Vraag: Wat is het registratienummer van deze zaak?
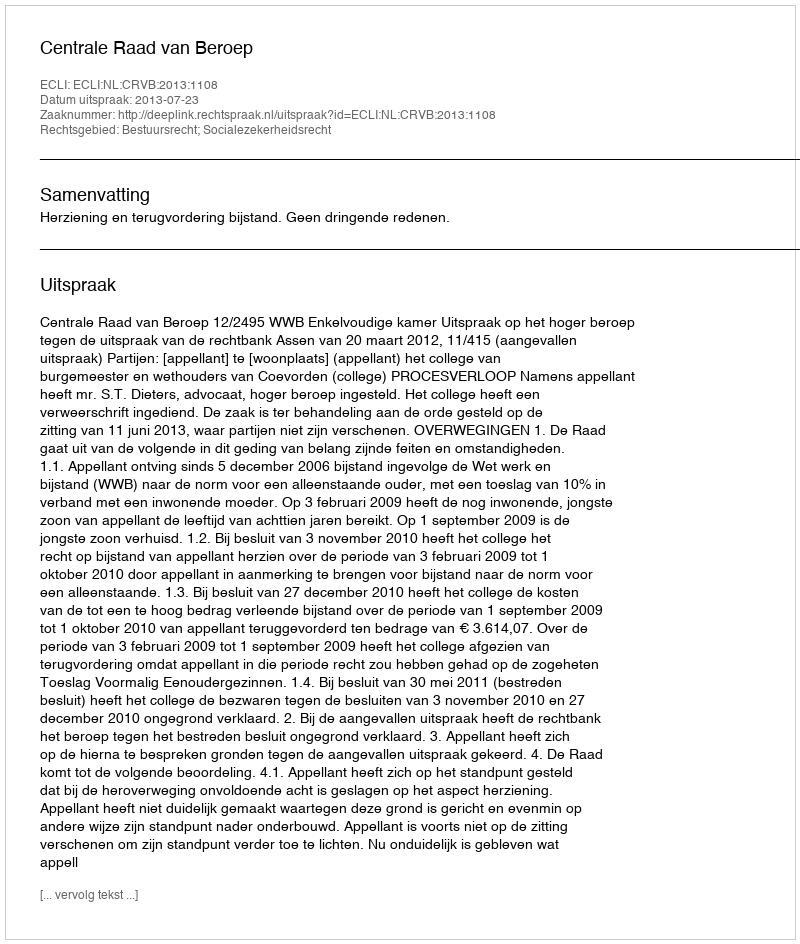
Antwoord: http://deeplink.rechtspraak.nl/uitspraak?id=ECLI:NL:CRVB:2013:1108